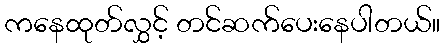
ကနေထုတ်လွှင့် တင်ဆက်ပေးနေပါတယ်။